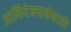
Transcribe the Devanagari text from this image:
आर्किटेक्चर्ससाठी